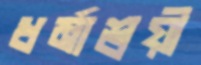
ধর্মাশ্রয়ী